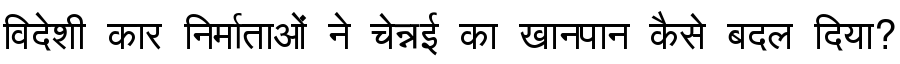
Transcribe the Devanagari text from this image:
विदेशी कार निर्माताओं ने चेन्नई का खानपान कैसे बदल दिया?